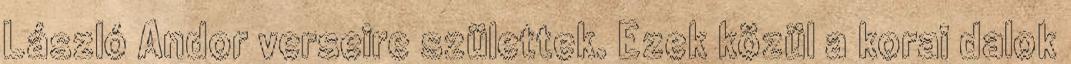
László Andor verseire születtek. Ezek közül a korai dalok